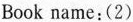
Book name:(2)